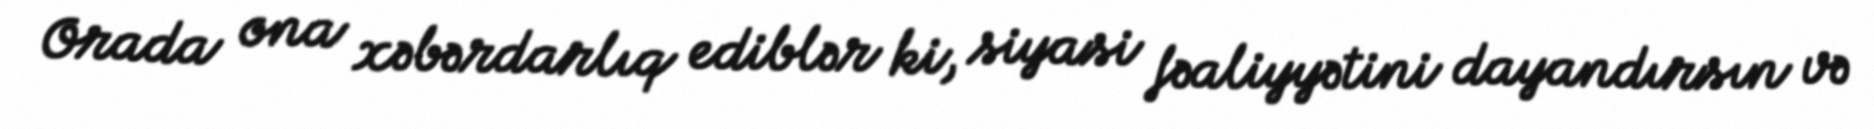
Orada ona xəbərdarlıq ediblər ki, siyasi fəaliyyətini dayandırsın və